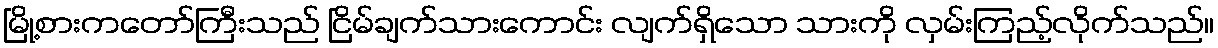
မြို့စားကတော်ကြီးသည် ငြိမ်ချက်သားကောင်း လျက်ရှိသော သားကို လှမ်းကြည့်လိုက်သည်။